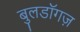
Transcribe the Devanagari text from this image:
बुलडॉगज़